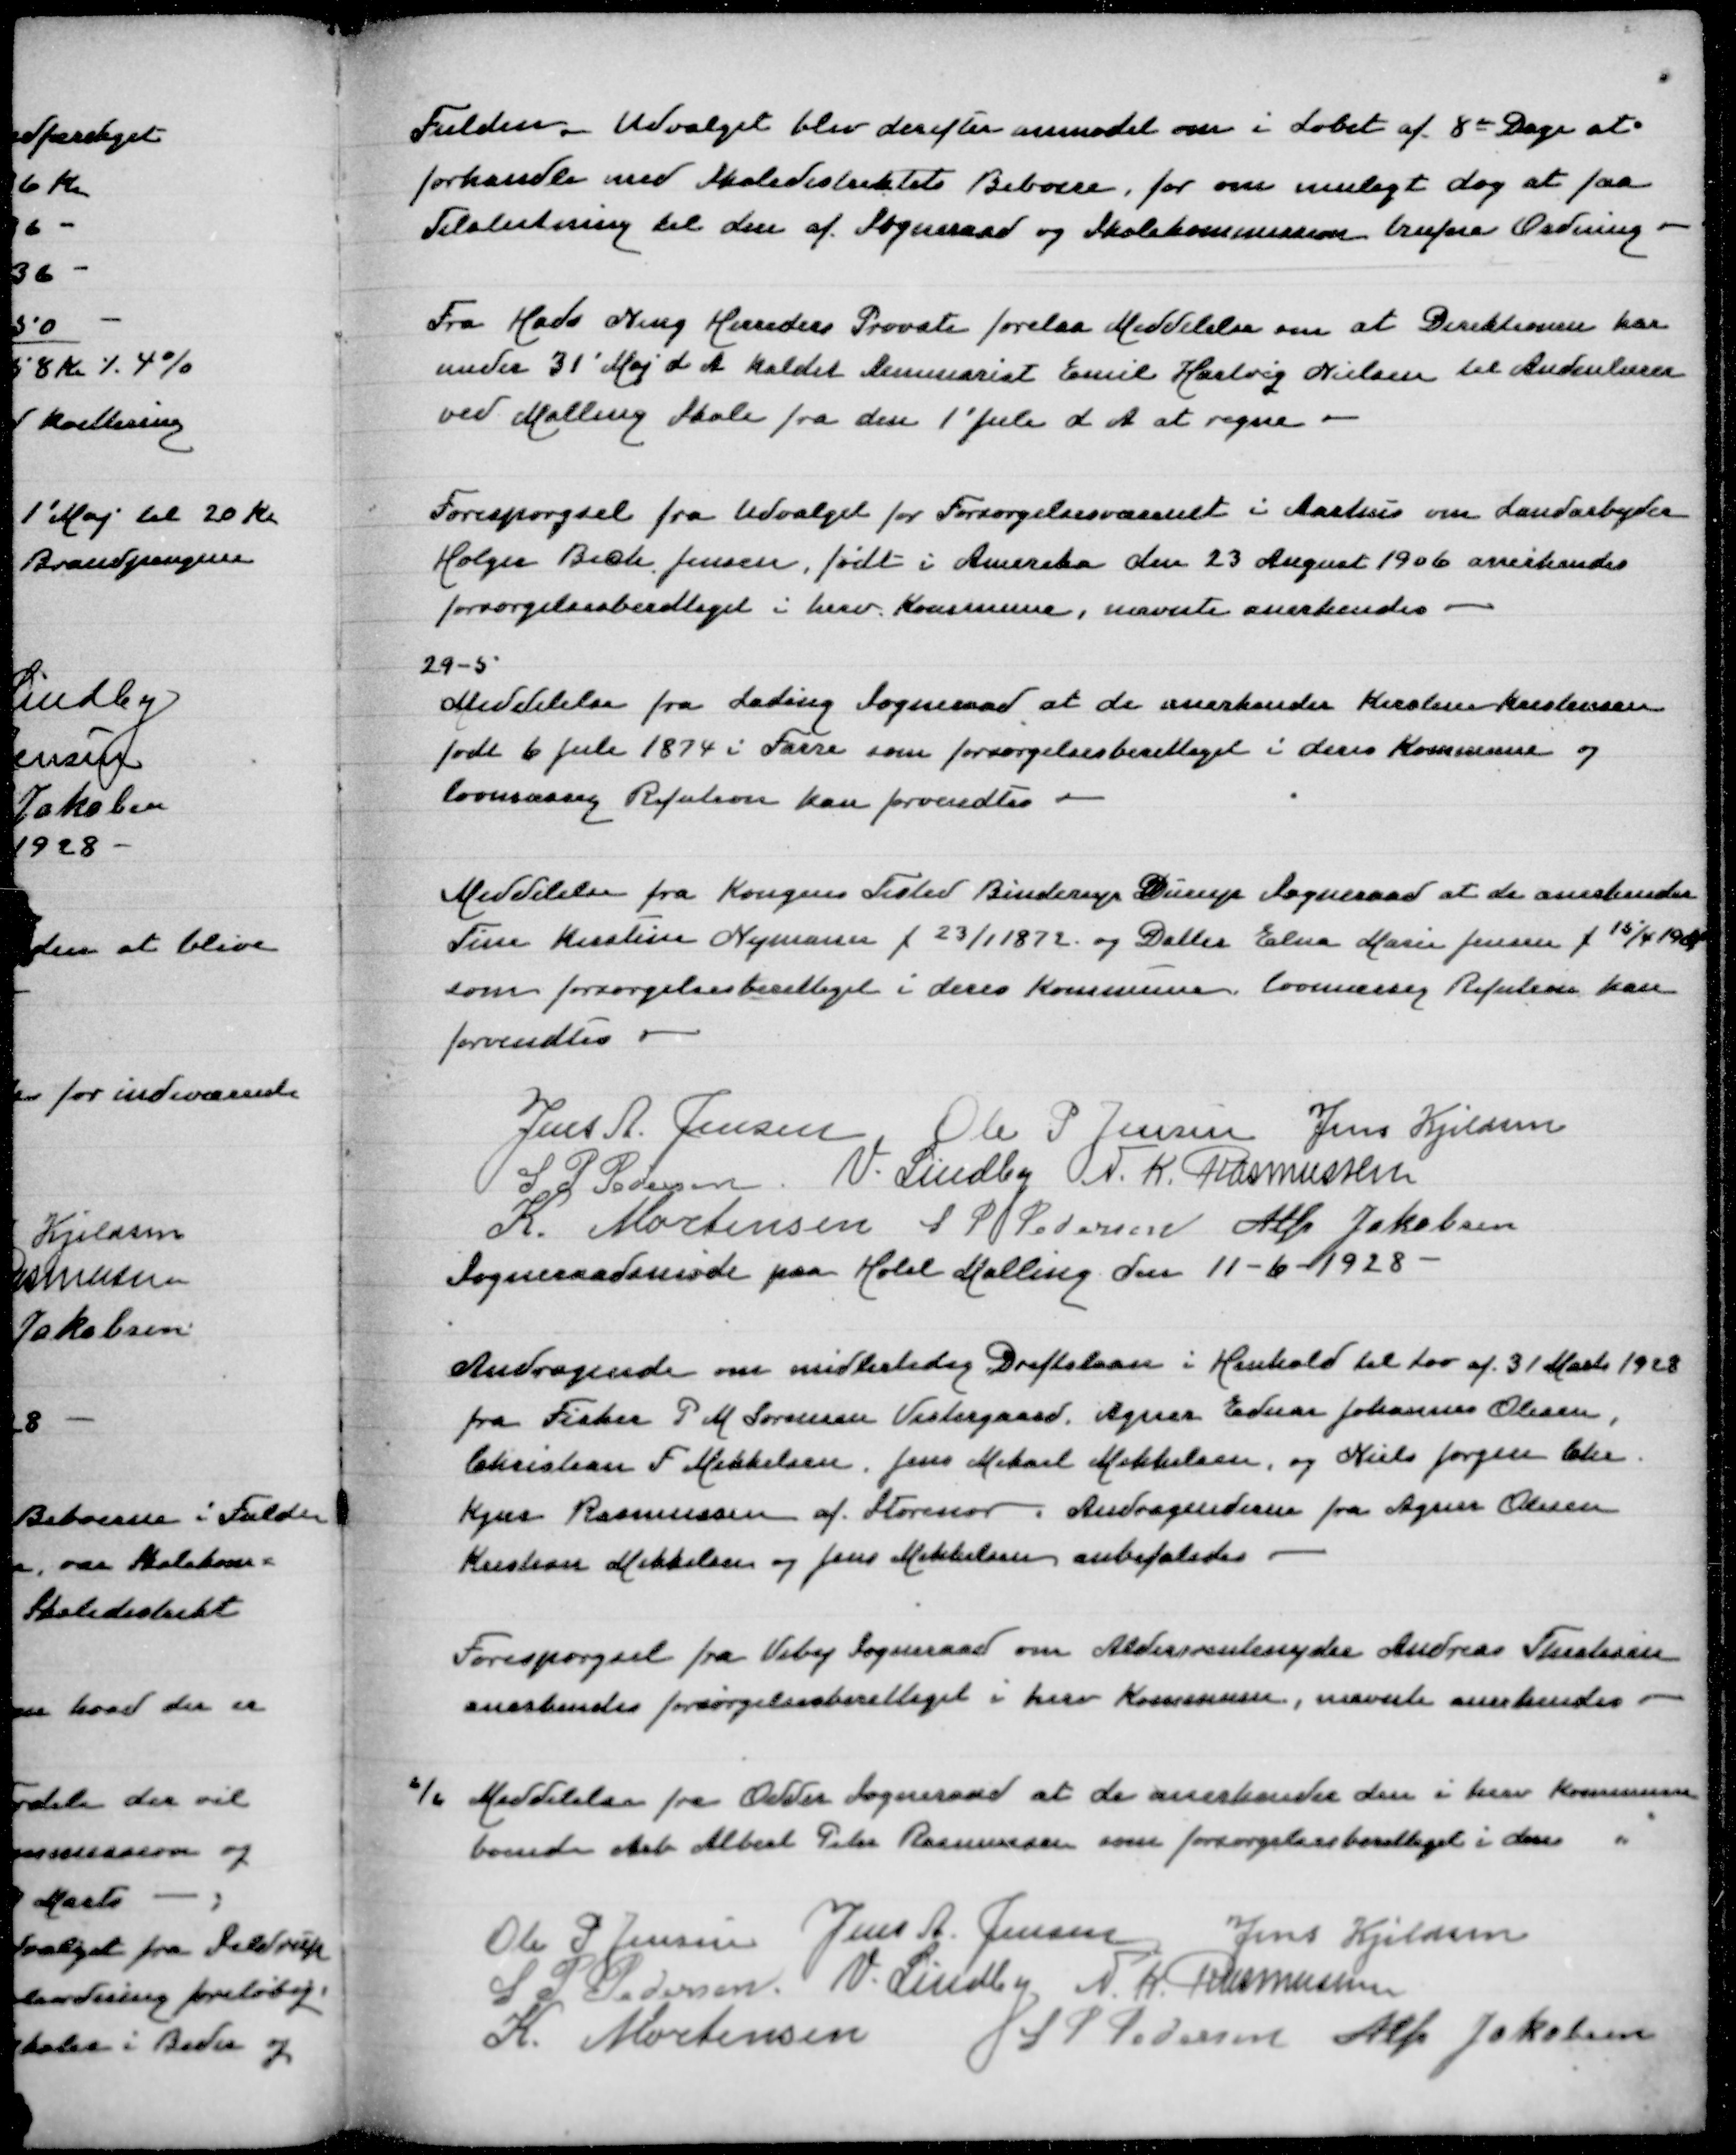
Transskription:
Fulden. Udvalget blev derefter anmodet om i Løbet af 8 Dage at
forhandle med Skoledistriktets Beboere, for om muligt dog at faa
Tilslutning til den af Sogneraad og Skolekommission trufne Ordning

Fra Hads Ning Herreders Provsti forelaa Meddelelse om at Direktionen har
under 31' Maj d A kaldet Seminarist Emil Hartvig Nielsen til Andenlærer
ved Malling Skole fra den 1' Juli d A at regne

Forespørgsel fra Udvalget for Forsørgelsesvæsenet i Aarhus om Landarbejder
Holger Beck Jensen, født i Amerika den 23 August 1906 anerkendes
forsørgelsesberettiget i herv Kommune, nævnte anerkendes

29-5
Meddelelse fra Lading Sogneraad at de anerkender Kirstine Kristensen
født 6 Juli 1874 som forsørgelsesberettiget i deres Kommune og
lovmæssig Refution kan forvendtes

Meddelelse fra Kongens Tisted Binderup Durup Sogneraad at de anerkender
Tine Kirstine Nymann f 23/1 1872 og Datter Elna Marie Jensen f 15/4 1904
som forsørgelsesberettiget i deres Kommune, lovmæssig Refution kan
forvendtes

Jens A Jensen
Ole P Jensen
Jens Kjeldsen
S P Pedersen
V Lindby
N K Rasmussen
K Mortensen
S P Pedersen
Alfr Jakobsen
Sogneraadsmøde paa Hotel Malling den 11-6-1928

Andragende om midlertidig Driftslaan i Henhold til Lov af 31 Marts 1928
fra Fisker P M Sørensen Vestergaard, Agner Ednar Johannes Olesen,
Christian F Mikkelsen, Jens Mikael Mikkelsen og Niels Jørgen Chr
Kjær Rasmussen af Storenor. Andragenden fra Agner Olesen
Kristian Mikkelsen og Jens Mikkelsen anbefaledes

Forespørgsel fra Viby Sogneraad om Aldersrentenyder Andreas Therksen
anerkendes forsørgelsesberettiget i herv Kommune, nævnte anerkendes

6/6 Meddelelse fra Odder Sogneraad at de anerkender den i herv Kommune
boende Arb Albert Peter Rasmussen som forsørgelsesberettiget i deres "

Ole P Jensen
Jens A Jensen
Jens Kjeldsen
S P Pedersen
V Lindby
N K Rasmussen
K Mortensen
S P Pedersen
Alfr Jacobsen